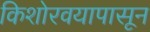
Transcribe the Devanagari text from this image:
किशोरवयापासून